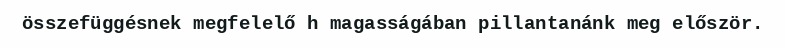
összefüggésnek megfelelő h magasságában pillantanánk meg először.